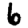
Digit: 6